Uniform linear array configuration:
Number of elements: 32
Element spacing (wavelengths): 0.25
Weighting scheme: exponential
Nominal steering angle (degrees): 60
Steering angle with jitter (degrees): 58.052
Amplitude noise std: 0.05
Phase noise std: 0.05

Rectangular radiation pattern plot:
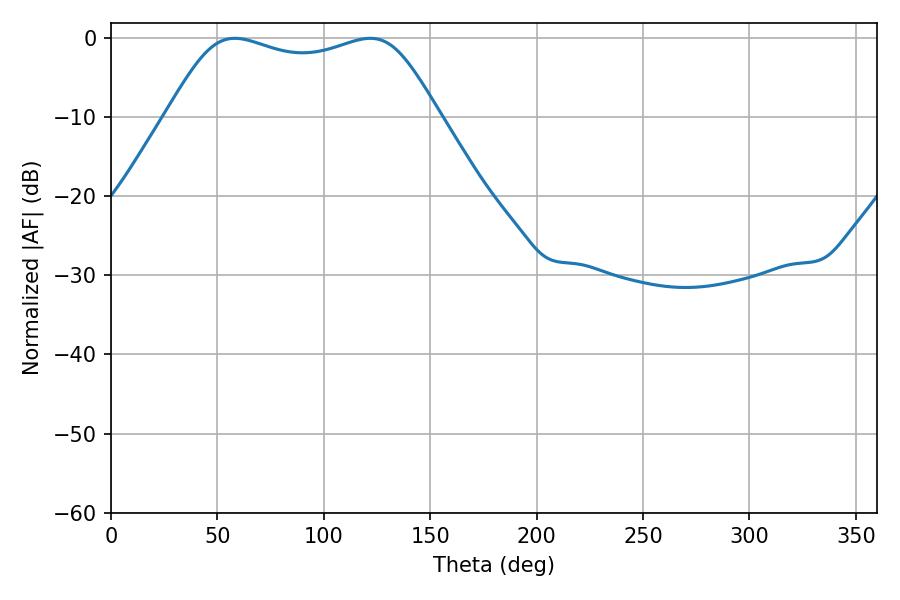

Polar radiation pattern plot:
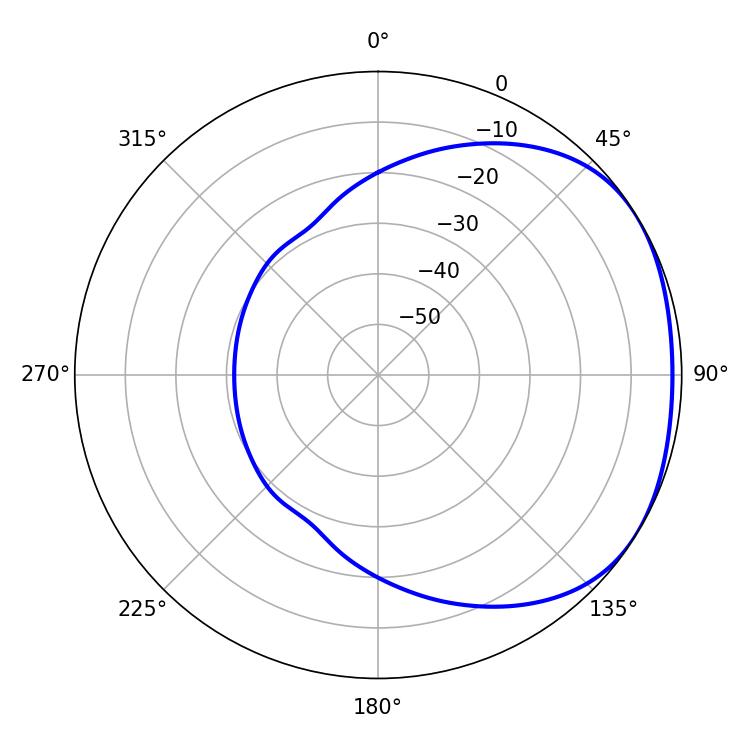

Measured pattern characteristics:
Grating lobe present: FALSE
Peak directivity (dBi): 1.815
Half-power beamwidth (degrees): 98.64
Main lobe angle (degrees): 58.14